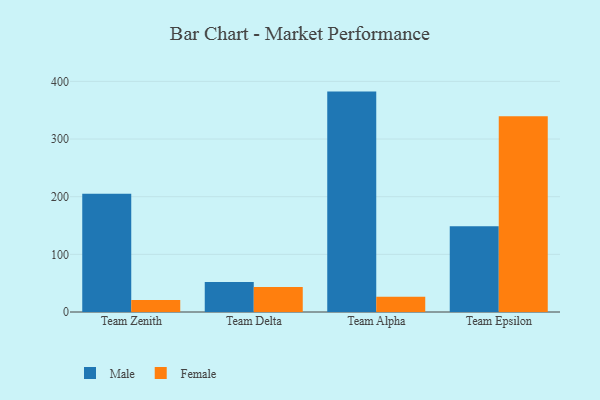
{"axis": {"x": "Team", "y": "Tickets Resolved"}, "legend": ["Female", "Male"], "data": [{"x": "Team Zenith", "y": 204.9, "type": "Male"}, {"x": "Team Zenith", "y": 20.9, "type": "Female"}, {"x": "Team Delta", "y": 52.0, "type": "Male"}, {"x": "Team Delta", "y": 43.4, "type": "Female"}, {"x": "Team Alpha", "y": 382.3, "type": "Male"}, {"x": "Team Alpha", "y": 26.3, "type": "Female"}, {"x": "Team Epsilon", "y": 148.8, "type": "Male"}, {"x": "Team Epsilon", "y": 339.7, "type": "Female"}]}